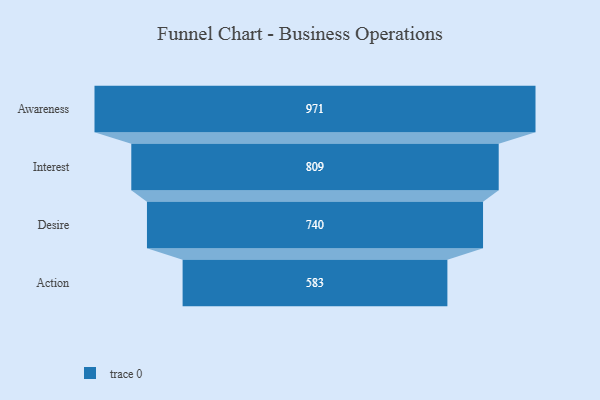
{"axis": {"x": "Stage", "y": "Value"}, "legend": [""], "data": [{"x": "Awareness", "y": 971.0, "type": ""}, {"x": "Interest", "y": 809.0, "type": ""}, {"x": "Desire", "y": 740.0, "type": ""}, {"x": "Action", "y": 583.0, "type": ""}]}